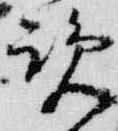
覧